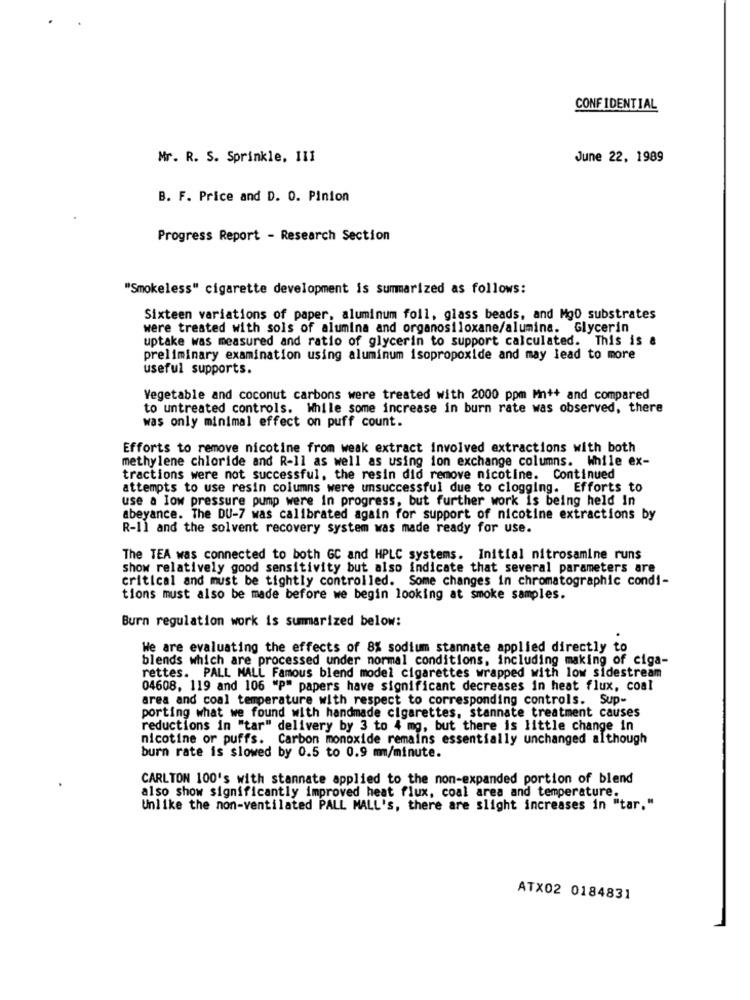
CONFIDENTIAL
Mr. R. S. Sprinkle, III
June 22, 1989
B. F. Price and D. O. Pinion
Progress Report - Research Section
"Smokeless" cigarette development is summarized as follows:
Sixteen variations of paper, aluminum foil, glass beads, and Mg0 substrates
were treated with sols of alumina and organosiloxane/alumina. Glycerin
uptake was measured and ratio of glycerin to support calculated. This is &
preliminary examination using aluminum isopropoxide and may lead to more
useful supports.
Vegetable and coconut carbons were treated with 2000 ppm Mn++ and compared
to untreated controls. While some increase in burn rate was observed, there
was only minimal effect on puff count.
Efforts to remove nicotine from weak extract involved extractions with both
methylene chloride and R-11 as well as using ion exchange columns. While ex-
tractions were not successful, the resin did remove nicotine. Continued
attempts to use resin columns were unsuccessful due to clogging. Efforts to
use a low pressure pump were in progress, but further work is being held In
abeyance. The DU-7 was calibrated again for support of nicotine extractions by
R-11 and the solvent recovery system was made ready for use.
The TEA was connected to both GC and HPLC systems. Initial nitrosamine runs
show relatively good sensitivity but also indicate that several parameters are
critical and must be tightly controlled. Some changes in chromatographic condi-
tions must also be made before we begin looking at smoke samples.
Burn regulation work is sumarized below:
We are evaluating the effects of 8% sodium stannate applied directly to
blends which are processed under normal conditions, including making of ciga-
rettes. PALL MALL Famous blend model cigarettes wrapped with low sidestream
04608, 119 and 106 "P" papers have significant decreases in heat flux, coal
area and coal temperature with respect to corresponding controls. Sup-
porting what we found with handmade cigarettes, stannate treatment causes
reductions in "tar" delivery by 3 to 4 mg, but there is little change in
nicotine or puffs. Carbon monoxide remains essentially unchanged although
burn rate is slowed by 0.5 to 0.9 mm/minute.
CARLTON 100's with stannate applied to the non-expanded portion of blend
also show significantly improved heat flux, coal area and temperature.
Unlike the non-ventilated PALL MALL's, there are slight increases in "tar."
ATX02 0184831